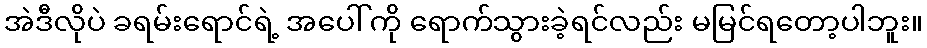
အဲဒီလိုပဲ ခရမ်းရောင်ရဲ့ အပေါ်ကို ရောက်သွားခဲ့ရင်လည်း မမြင်ရတော့ပါဘူး။